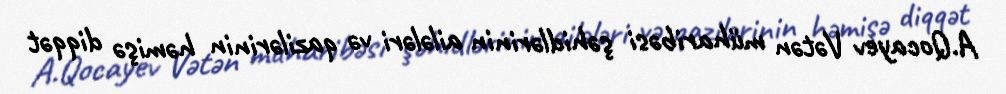
A.Qocayev Vətən müharibəsi şəhidlərinin ailələri və qazilərinin həmişə diqqət